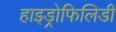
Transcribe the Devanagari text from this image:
हाइड्रोफिलिडी